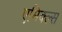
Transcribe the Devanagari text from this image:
एमिक्ल्स